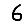
Digit: 6